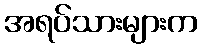
အရပ်သားများက